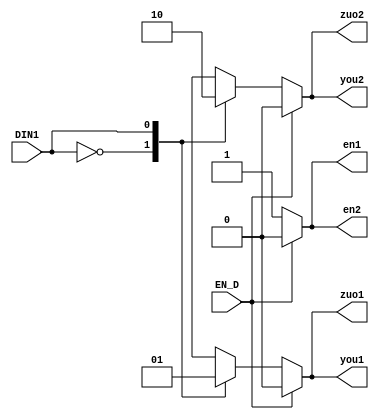
module bizhang(EN_D,DIN1,zuo1,zuo2,you1,you2,en1,en2);
  input EN_D;
  input  DIN1;
  output zuo1,zuo2,you1,you2,en1,en2;
  reg zuo1,zuo2,you1,you2,en1,en2;
  always @(DIN1)  
    begin 
    if(EN_D) 
		begin 
			en1<=0;en2<=0;zuo2<=0;you2<=0;you1<=0;zuo1<=0; 
		end
    else
       case(DIN1) 
          0:
				begin 
					en1<=1;en2<=1;zuo2<=1;you2<=1;you1<=0;zuo1<=0;
				end  
          1:
				begin 
					en1<=1;en2<=1;you2<=0;you1<=1;zuo2<=0;zuo1<=1;
				end
          default:
				begin 
					en1<=0;en2<=0;zuo2<=0;you2<=0;you1<=0;zuo1<=0;
				end
       endcase
    end
endmodule